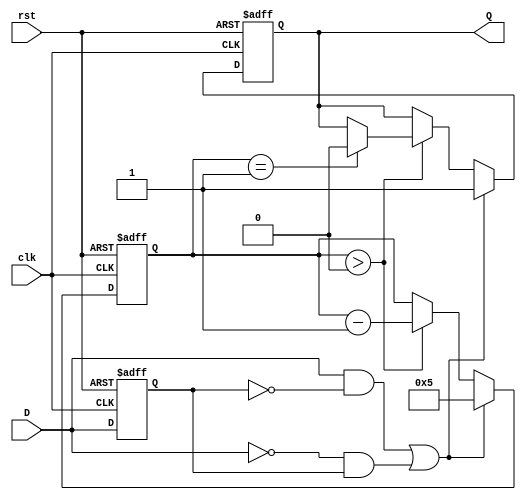
module edge_detector #(
    parameter PULSE_WIDTH = 5,  // Pulse width in clock cycles
    parameter EDGE_TYPE = 2'b11  // 2'b00: none, 2'b01: rising, 2'b10: falling, 2'b11: both
) (
    input wire clk,              // Clock signal
    input wire rst,              // Reset signal
    input wire D,                // Input signal
    output reg Q                 // Output pulse
);

    reg D_prev;                  // Previous state of the input signal
    reg [3:0] counter;           // Counter for pulse width

    // Edge detection logic
    wire rising_edge = (D == 1'b1) && (D_prev == 1'b0);
    wire falling_edge = (D == 1'b0) && (D_prev == 1'b1);
    wire edge_detected = (EDGE_TYPE == 2'b01 && rising_edge) ||
                         (EDGE_TYPE == 2'b10 && falling_edge) ||
                         (EDGE_TYPE == 2'b11 && (rising_edge || falling_edge));

    always @(posedge clk or posedge rst) begin
        if (rst) begin
            D_prev <= 1'b0;        // Reset previous state
            Q <= 1'b0;             // Reset output
            counter <= 4'b0;       // Reset counter
        end else begin
            D_prev <= D;           // Update previous state

            if (edge_detected) begin
                Q <= 1'b1;         // Activate output pulse
                counter <= PULSE_WIDTH; // Load counter with pulse width
            end else if (counter > 0) begin
                counter <= counter - 1; // Decrement counter
                if (counter == 1) begin
                    Q <= 1'b0;     // Deactivate output pulse
                end
            end
        end
    end
endmodule